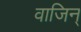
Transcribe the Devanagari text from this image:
वाजिन्